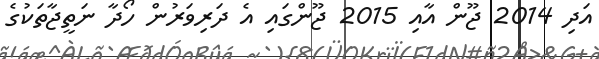
އަދި 2014 ޖޫން އާއި 2015 ޖޫންގައި އެ ދަރިވަރުން ހޯދާ ނަތީޖާތަކުގެ